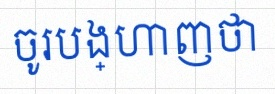
ចូរបង្ហាញថា